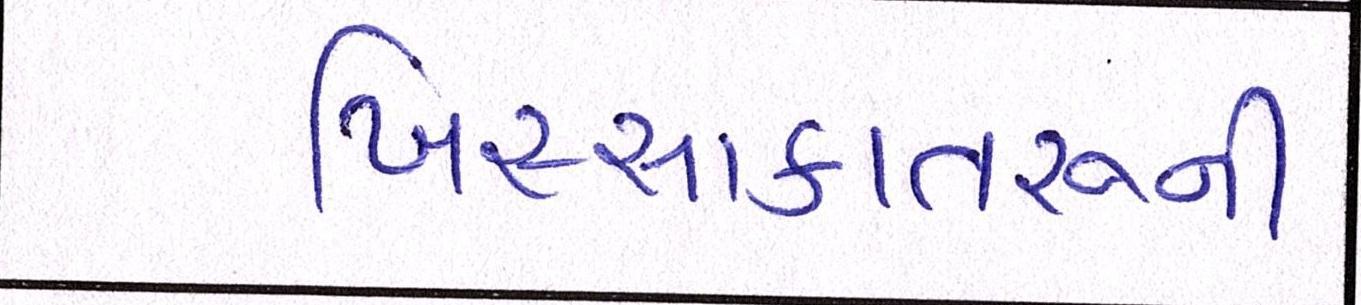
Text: ખિસ્સાકાતરુની